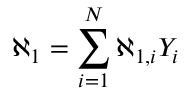
\aleph _ { 1 } = \sum _ { i = 1 } ^ { N } \aleph _ { 1 , i } Y _ { i }